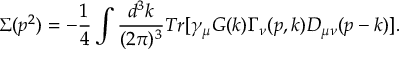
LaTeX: \Sigma ( p ^ { 2 } ) = - \frac { 1 } { 4 } \int \frac { d ^ { 3 } k } { ( 2 \pi ) ^ { 3 } } T r \lbrack \gamma _ { \mu } G ( k ) \Gamma _ { \nu } ( p , k ) D _ { \mu \nu } ( p - k ) \rbrack .